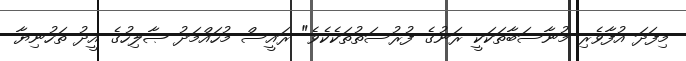
މިފަދަ އުފާވެރި މުނާސަބާތަކަކީ ރަނުގެ ފުރުސަތުތަކެކެވެ" ރައީސް މުހައްމަދު ޞާލިހުގެ އީދު ތަހުނިޔާ